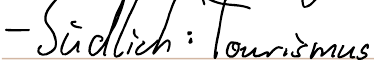
- Südlich: Tourismus